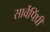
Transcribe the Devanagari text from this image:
सार्वेपिंप्री